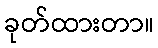
ခုတ်ထားတာ။